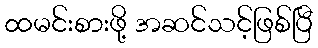
ထမင်းစားဖို့ အဆင်သင့်ဖြစ်ပြီ